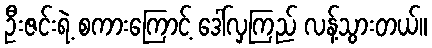
ဦးဇင်းရဲ့ စကားကြောင့် ဒေါ်လှကြည် လန့်သွားတယ်။